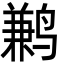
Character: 鹣